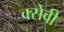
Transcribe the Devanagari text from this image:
क्सेवी